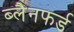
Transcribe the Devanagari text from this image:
ब्लैनफर्ड